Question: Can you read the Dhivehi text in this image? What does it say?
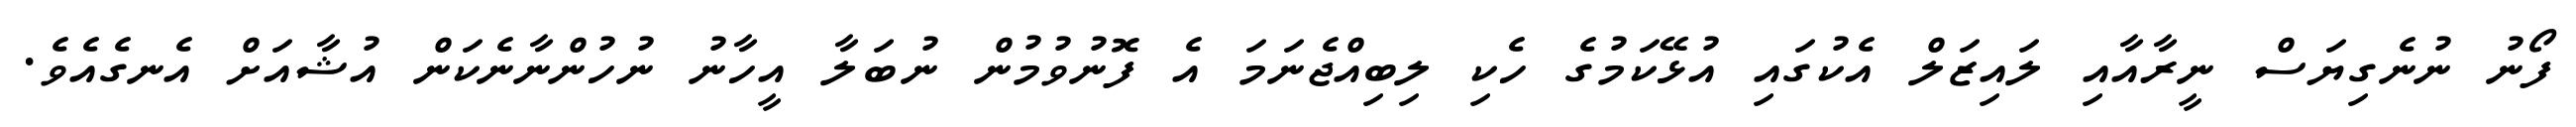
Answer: ފޯނު ނުނެގިޔަސް ނީރާއާއި ލައިޒަލް އެކުގައި އުޅޭކަމުގެ ހެކި ލިބިއްޖެނަމަ އެ ފޮނުވުމުން ނުބަލާ އީހާނު ނުހުންނާނެކަން އުޝާއަށް އެނގެއެވެ.